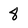
Character: 8